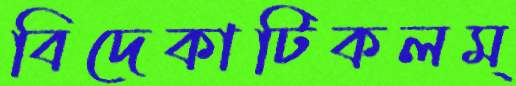
বিদেকাটিকলম্